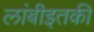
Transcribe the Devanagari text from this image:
लांबीइतकी